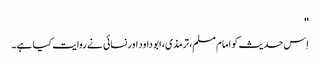
''
اِس حدیث کو امام مسلم، ترمذی، ابو داود اور نسائی نے روایت کیا ہے۔